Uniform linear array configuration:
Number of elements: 24
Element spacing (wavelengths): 0.75
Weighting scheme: blackman
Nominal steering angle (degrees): -15
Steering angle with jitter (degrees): -13.17
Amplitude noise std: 0.05
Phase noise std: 0.05

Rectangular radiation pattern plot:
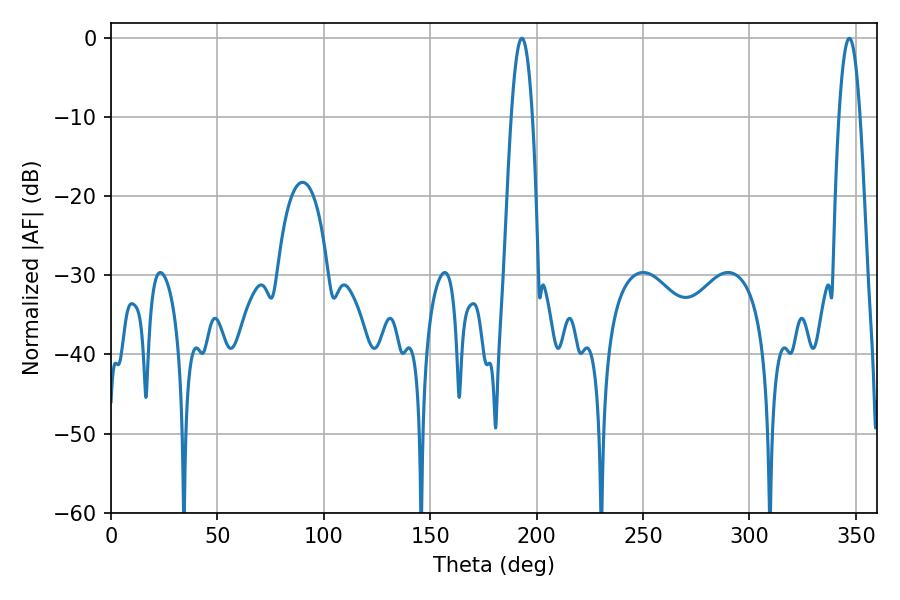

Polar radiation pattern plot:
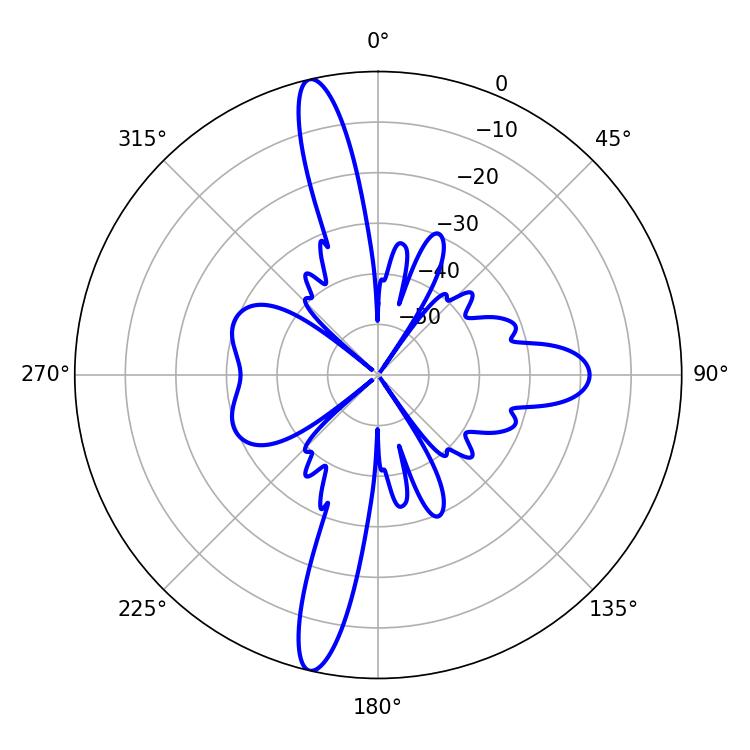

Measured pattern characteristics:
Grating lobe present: TRUE
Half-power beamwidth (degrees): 5.58
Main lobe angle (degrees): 193.14